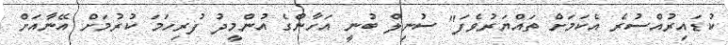
ކުޑައިރުއްސުރެ އެކަމަށް ތައްޔަރުވެފަ" ސުނިލް ބުނީ އަހާންގެ އުންމީދު ފުރިހަމަ ކުރުމަށް އޭނާއަށް